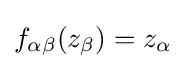
f_{\alpha \beta }(z_{\beta })=z_{\alpha }